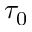
\tau _ { 0 }